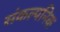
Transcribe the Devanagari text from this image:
संकल्पनिक